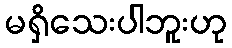
မရှိသေးပါဘူးဟု